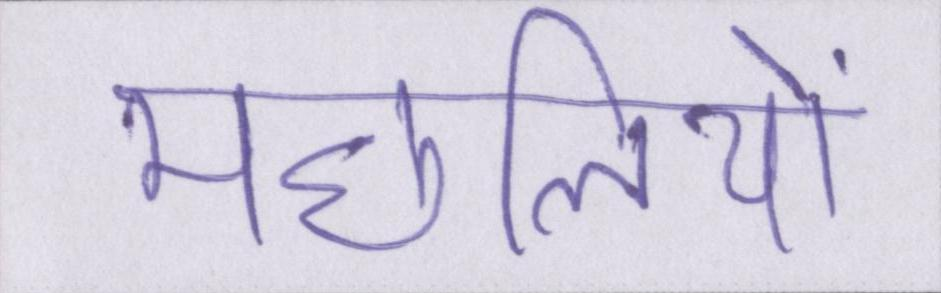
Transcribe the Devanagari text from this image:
मछलियों